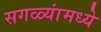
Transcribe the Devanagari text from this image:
सगळ्यांमध्ये